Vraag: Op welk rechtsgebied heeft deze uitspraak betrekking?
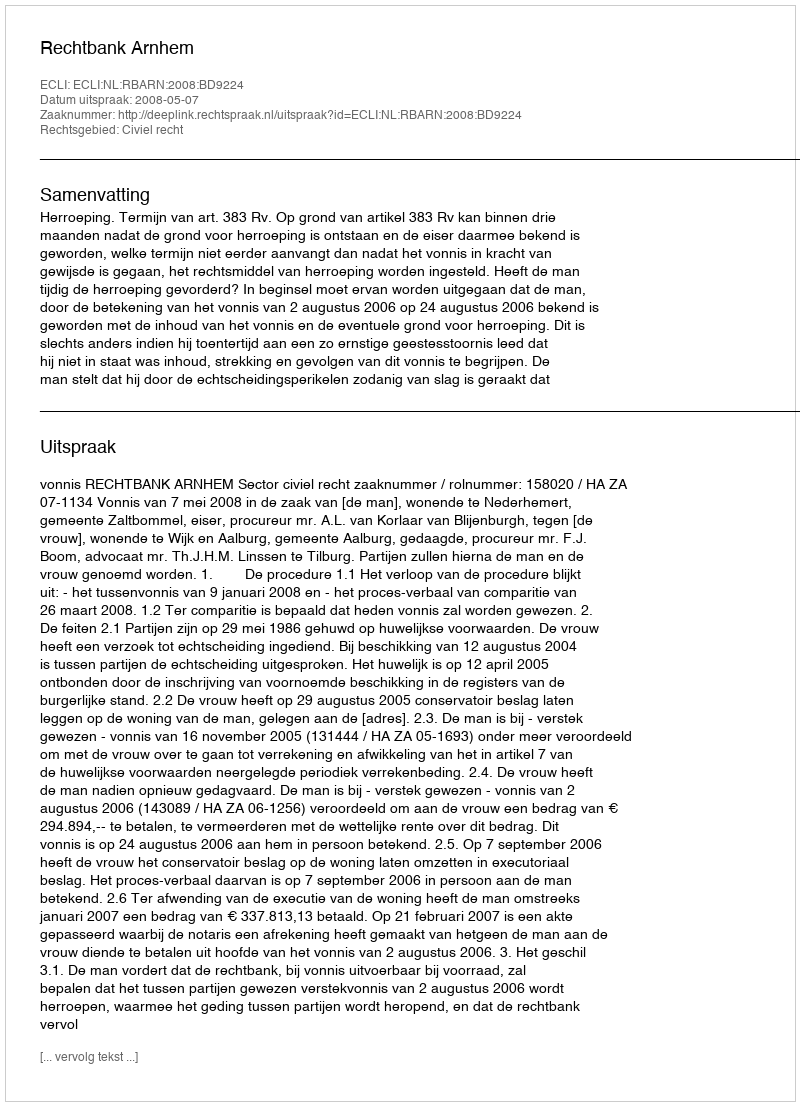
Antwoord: Civiel recht